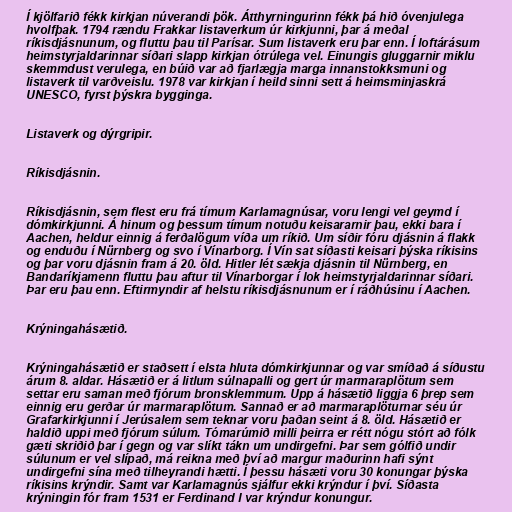
Í kjölfarið fékk kirkjan núverandi þök. Átthyrningurinn fékk þá hið óvenjulega
hvolfþak. 1794 rændu Frakkar listaverkum úr kirkjunni, þar á meðal
ríkisdjásnunum, og fluttu þau til Parísar. Sum listaverk eru þar enn. Í loftárásum
heimstyrjaldarinnar síðari slapp kirkjan ótrúlega vel. Einungis gluggarnir miklu
skemmdust verulega, en búið var að fjarlægja marga innanstokksmuni og
listaverk til varðveislu. 1978 var kirkjan í heild sinni sett á heimsminjaskrá
UNESCO, fyrst þýskra bygginga.

Listaverk og dýrgripir.

Ríkisdjásnin.

Ríkisdjásnin, sem flest eru frá tímum Karlamagnúsar, voru lengi vel geymd í
dómkirkjunni. Á hinum og þessum tímum notuðu keisararnir þau, ekki bara í
Aachen, heldur einnig á ferðalögum víða um ríkið. Um síðir fóru djásnin á flakk
og enduðu í Nürnberg og svo í Vínarborg. Í Vín sat síðasti keisari þýska ríkisins
og þar voru djásnin fram á 20. öld. Hitler lét sækja djásnin til Nürnberg, en
Bandaríkjamenn fluttu þau aftur til Vínarborgar í lok heimstyrjaldarinnar síðari.
Þar eru þau enn. Eftirmyndir af helstu ríkisdjásnunum er í ráðhúsinu í Aachen.

Krýningahásætið.

Krýningahásætið er staðsett í elsta hluta dómkirkjunnar og var smíðað á síðustu
árum 8. aldar. Hásætið er á litlum súlnapalli og gert úr marmaraplötum sem
settar eru saman með fjórum bronsklemmum. Upp á hásætið liggja 6 þrep sem
einnig eru gerðar úr marmaraplötum. Sannað er að marmaraplöturnar séu úr
Grafarkirkjunni í Jerúsalem sem teknar voru þaðan seint á 8. öld. Hásætið er
haldið uppi með fjórum súlum. Tómarúmið milli þeirra er rétt nógu stórt að fólk
gæti skriðið þar í gegn og var slíkt tákn um undirgefni. Þar sem gólfið undir
súlunum er vel slípað, má reikna með því að margur maðurinn hafi sýnt
undirgefni sína með tilheyrandi hætti. Í þessu hásæti voru 30 konungar þýska
ríkisins krýndir. Samt var Karlamagnús sjálfur ekki krýndur í því. Síðasta
krýningin fór fram 1531 er Ferdinand I var krýndur konungur.